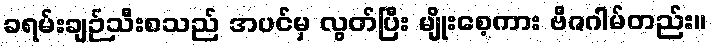
ခရမ်းချဉ်သီးစသည် အပင်မှ လွတ်ပြီး မျိုးစေ့ကား ဗီဇဂါမ်တည်း။